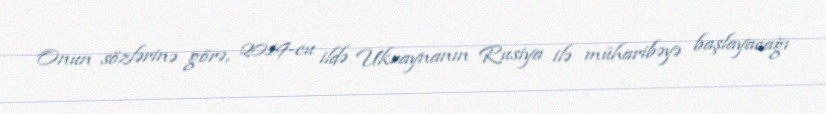
Onun sözlərinə görə, 2019-cu ildə Ukraynanın Rusiya ilə müharibəyə başlayacağı